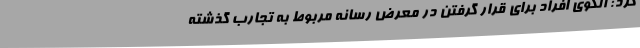
کرد: الگوی افراد برای قرار گرفتن در معرض رسانه مربوط به تجارب گذشته